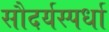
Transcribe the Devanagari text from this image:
सौदर्यस्पर्धा